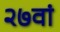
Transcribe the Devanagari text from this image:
२७वां